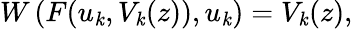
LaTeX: W\left(F(u_{\mathit{k}},V_{\mathit{k}}(z)),u_{\mathit{k}}\right)=V_{\mathit{k}}(z),